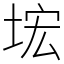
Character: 㙆